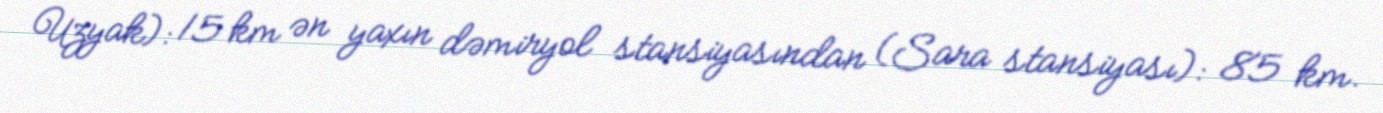
Uzyak): 15 km ən yaxın dəmiryol stansiyasından (Sara stansiyası): 85 km.